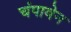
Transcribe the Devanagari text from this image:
चंपाबेन